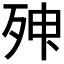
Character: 𣨃